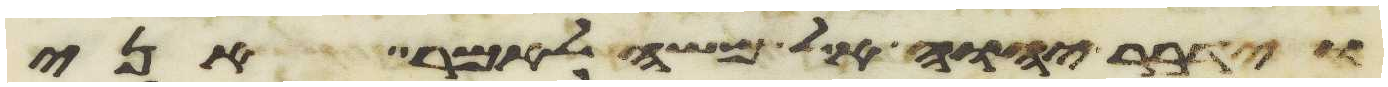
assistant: וידבר יהוה אל משה לאמר אני